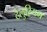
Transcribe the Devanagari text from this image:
टेलुरियम